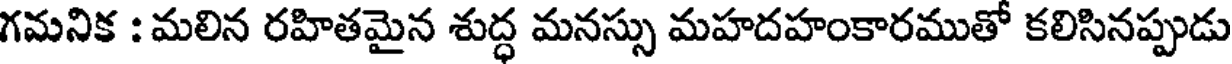
గమనిక : మలిన రహితమైన శుద్ధ మనస్సు మహదహంకారముతో కలిసినప్పుడు